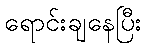
ရောင်းချနေပြီး